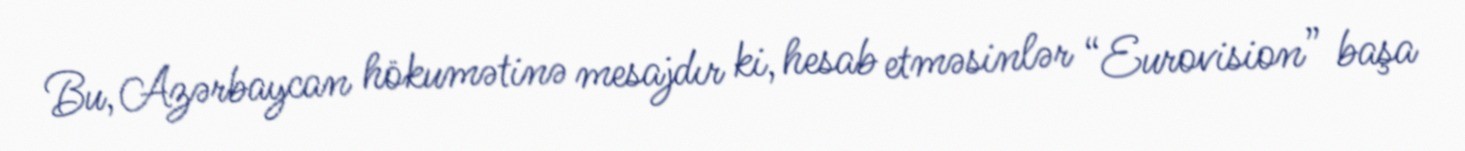
Bu, Azərbaycan hökumətinə mesajdır ki, hesab etməsinlər “Eurovision” başa